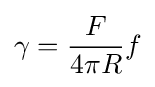
\gamma ={\frac {F}{4\pi R}}f